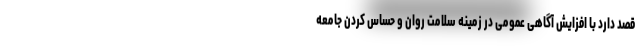
قصد دارد با افزایش آگاهی عمومی در زمینه سلامت روان و حساس کردن جامعه